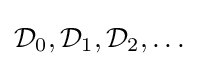
{\mathcal {D}}_{0},{\mathcal {D}}_{1},{\mathcal {D}}_{2},\dots